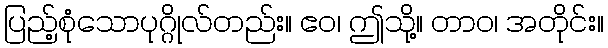
ပြည့်စုံသောပုဂ္ဂိုလ်တည်း။ ဧဝ၊ ဤသို့။ တာဝ၊ အတိုင်း။